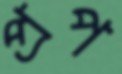
প্রপ